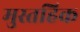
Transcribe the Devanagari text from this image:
मुस्तहिक